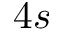
4 s